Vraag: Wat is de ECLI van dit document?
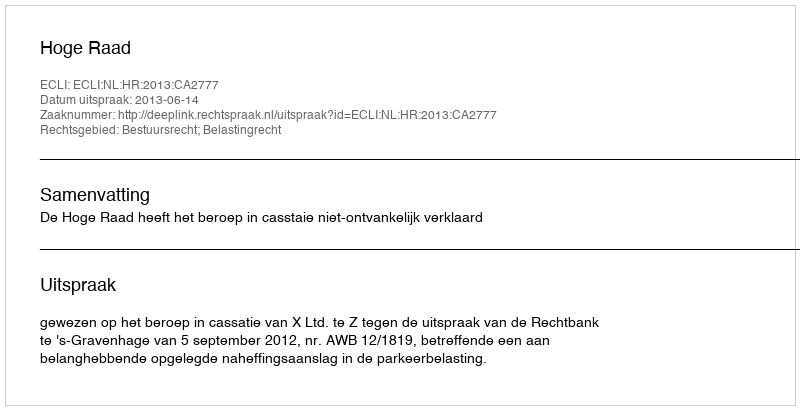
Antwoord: ECLI:NL:HR:2013:CA2777